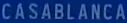
CASABLANCA